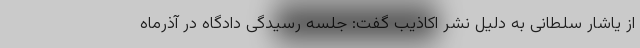
از یاشار سلطانی به دلیل نشر اکاذیب گفت: جلسه رسیدگی دادگاه در آذرماه